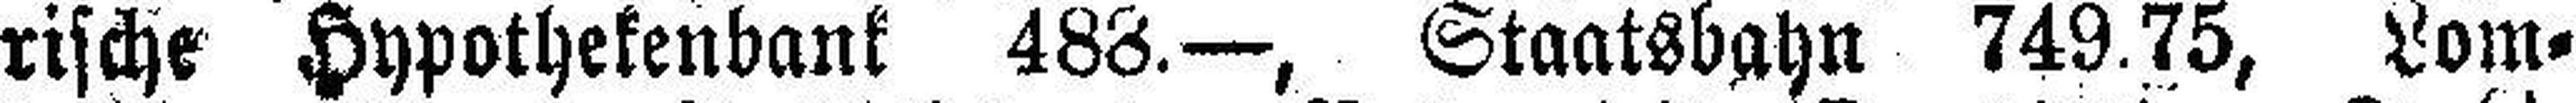
rische Hypothekenbank 488.—, Staatsbahn 749.75, Lom¬